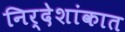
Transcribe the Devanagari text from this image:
निर्देशांकात